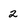
Character: 2